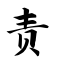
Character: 责